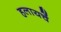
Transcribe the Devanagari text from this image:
हलायचें